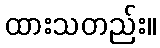
ထားသတည်း။